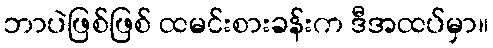
ဘာပဲဖြစ်ဖြစ် ထမင်းစားခန်းက ဒီအထပ်မှာ။